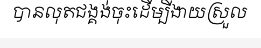
បានលុតជង្គង់ចុះដើម្បីងាយស្រួល